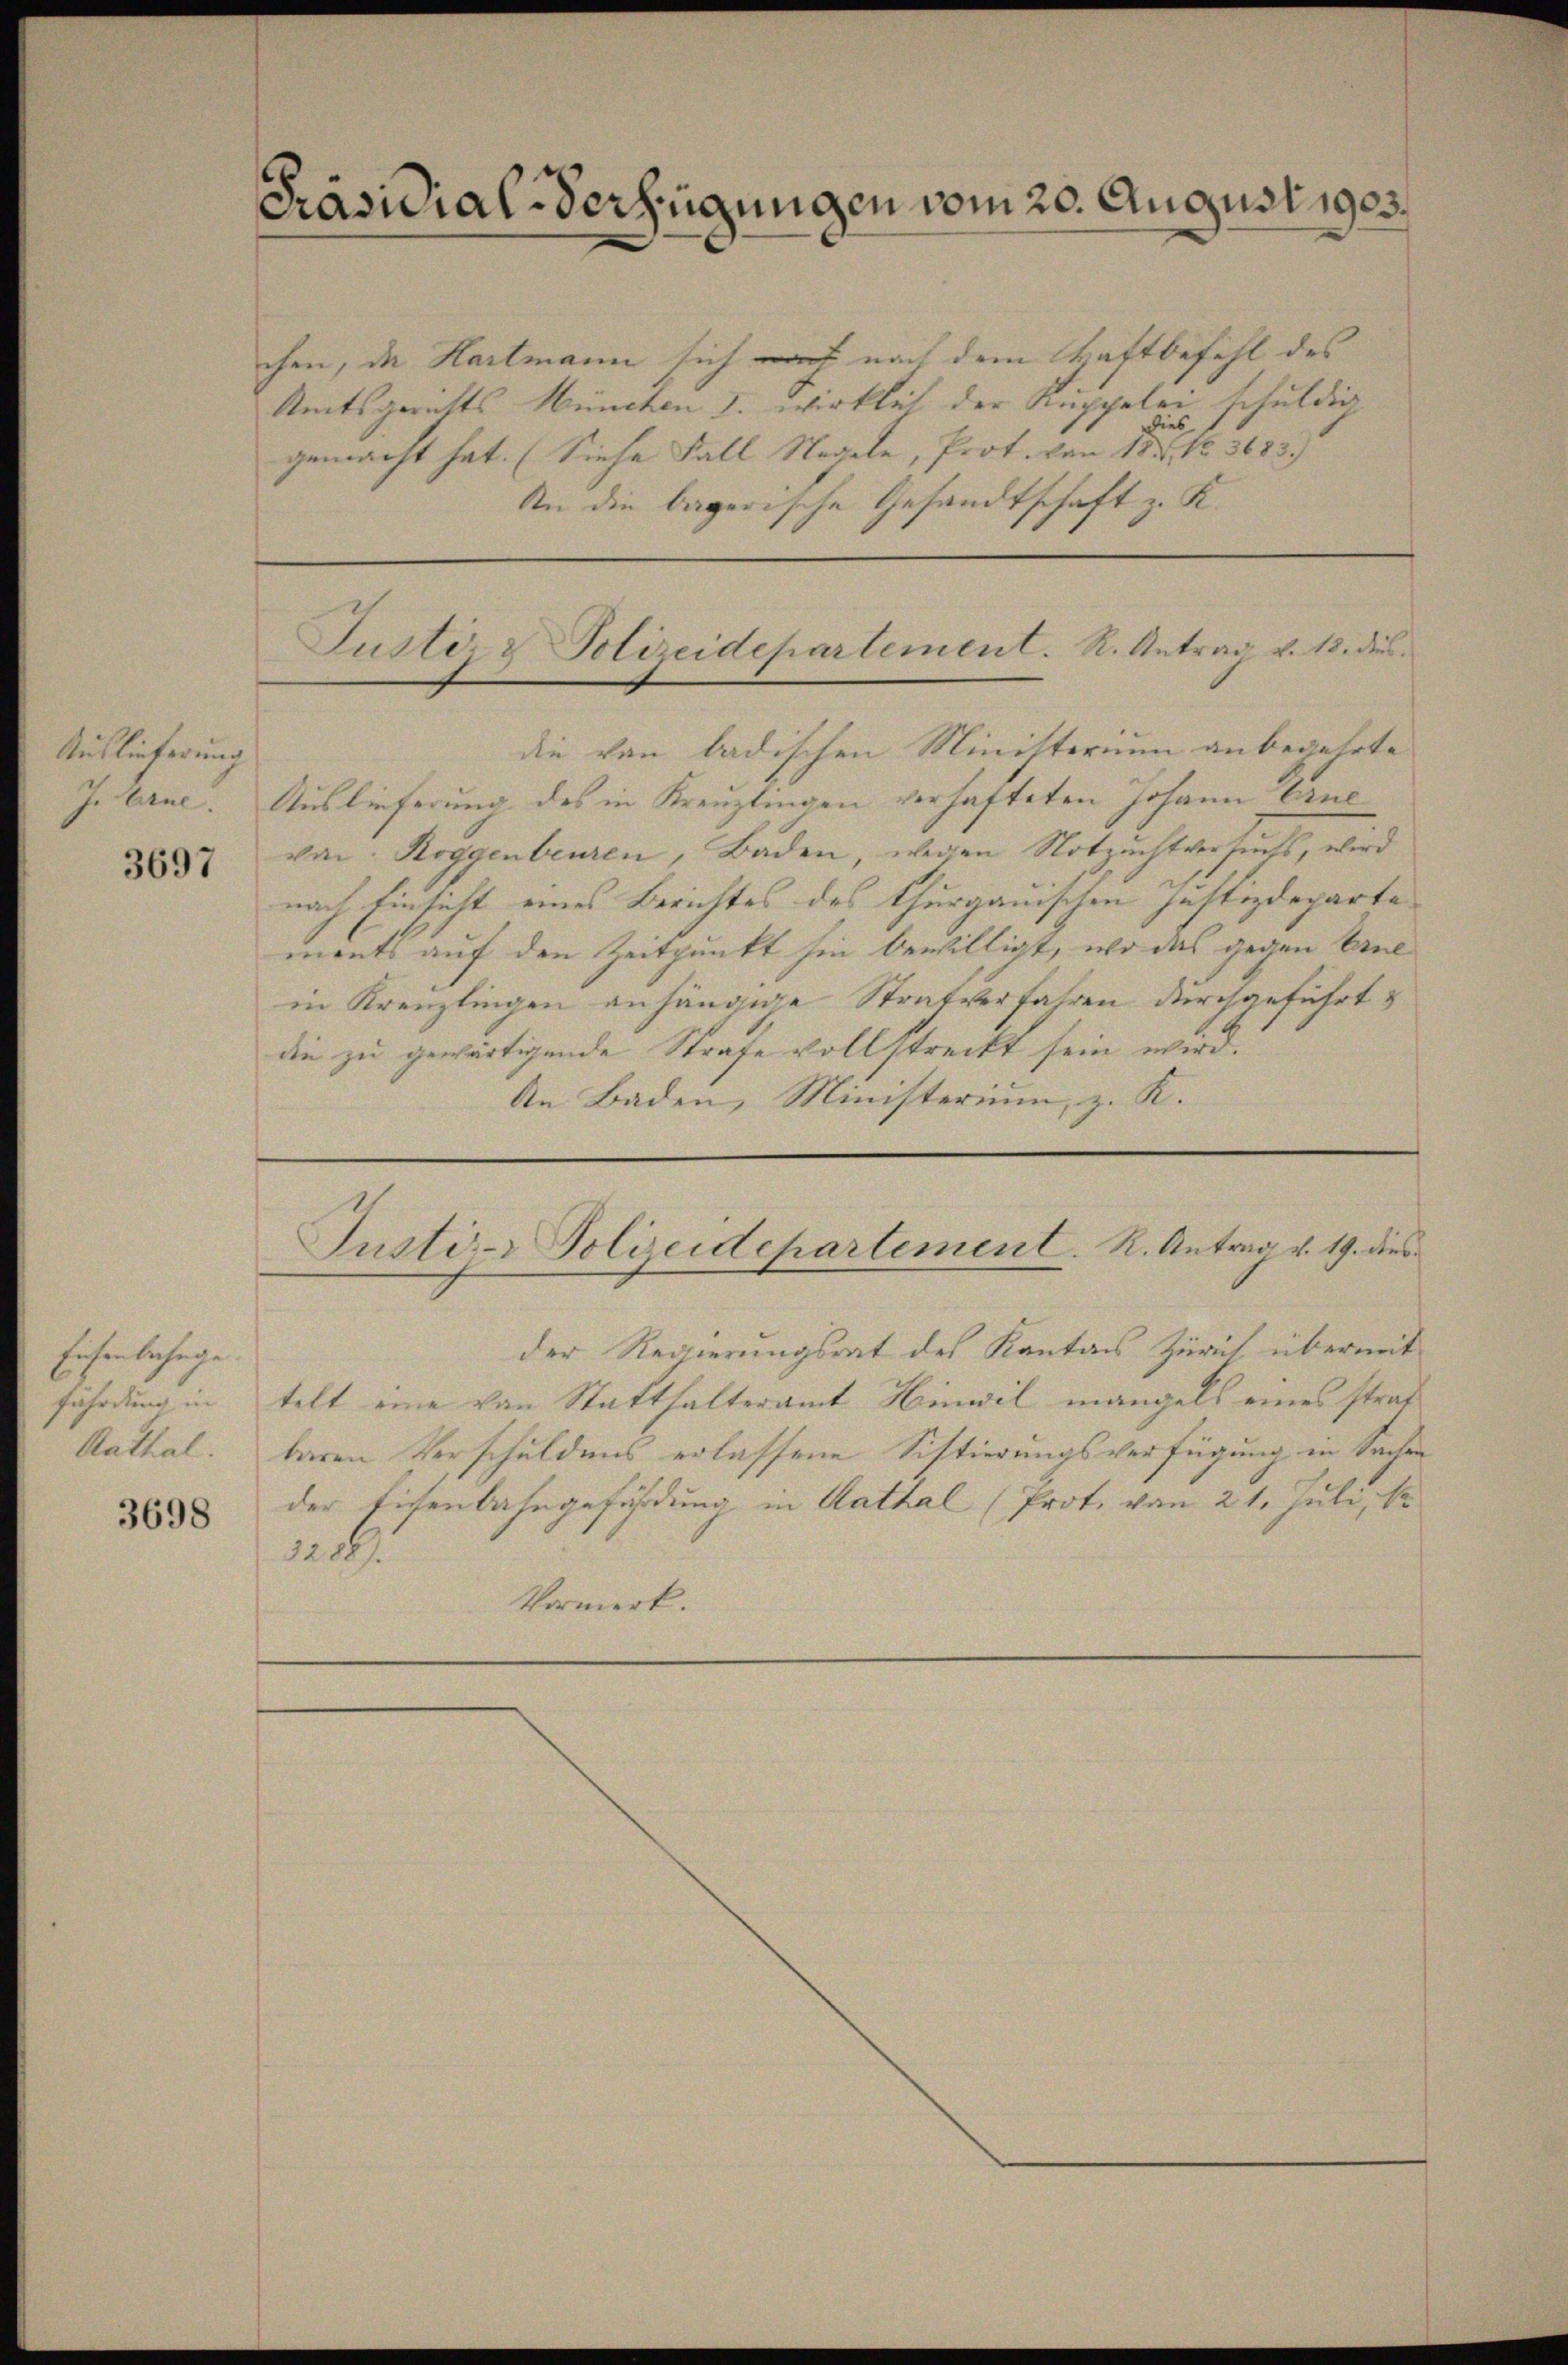
Auslieferung
J. Ane

3697

Eichenbahnge
fährdung in
Aathal.

3698

Präsidial-Verfügungen vom 20. August 1923.

chen, da Hartmann sich mit nach dem Haftbefehl des
Seitsgerichts München I. Wirklich der Kuppelei schuldig
gemacht hat. (Siehe Fall Nagele, Prot. Von 15. 3633)
An die bayerische Gesandtschaft z. K.
die von badischen Ministerium anbegehrte
Auslieferung des in Kreuzlingen verhafteten Johann Erne
von Roggenbeuren, Baden, wegen Notzuchtversuchs, wird
nach Einsicht eines Berichtes des thurgauischen Justizdeparte
monts auf den Zeitpunkt hin bewilligt, wo das gegen Erne
in Kreuzlingen anhängige Strafverfahren durchgeführt
die zu gewärtigende Strafe vollstreckt sein wird.
An Baden, Ministerium, z. K.

Justiz & Polizeidepartement. R. Antrag v. 18. ds.

der Regierungsrat des Kantons Zürich übermittelt eine von Statthalteramt Hinwil mangels eines straf
baren Verschuldens erlassene Sistierungsverfügung in Sachen
der Eisenbahngeführung in Aathal (Prote von 21. Juli, S
1256.
Vormerk.

Justiz- Polizeidepartement. R. Antrag v. 19. dies